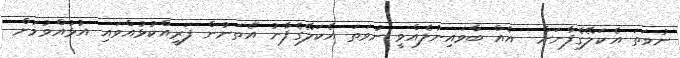
ނުވަތަ އެކަލޭގެފާނަށް  އެއް ބާވައިނުލެއްވީ ނުވަތަ އެކަލޭގެފާނު އެތަނުން ފަރީއްކުޅުއްވައި އުޅުއްވުމަށް